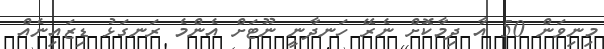
މިނިވަން 50 އާ ދިމާކޮށް ނެރޭ ހަނދާނީ ނޫޓަށް އެންމެ ރަނގަޅު ޑިޒައިނެއް